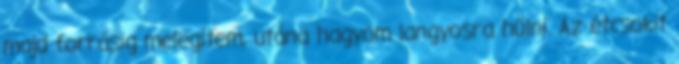
majd forrásig melegítem, utána hagyom langyosra hűlni. Az étcsokit